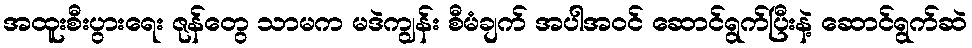
အထူးစီးပွားရေး ဇုန်တွေ သာမက မဒဲကျွန်း စီမံချက် အပါအဝင် ဆောင်ရွက်ပြီးနဲ့ ဆောင်ရွက်ဆဲ